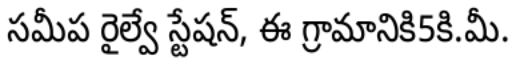
సమీప రైల్వే స్టేషన్, ఈ గ్రామానికి5కి.మీ.